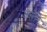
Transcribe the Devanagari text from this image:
जन्तरे